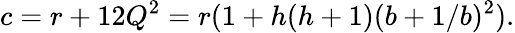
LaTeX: c=r+12Q^{2}=r(1+h(h+1)(b+1/b)^{2}).